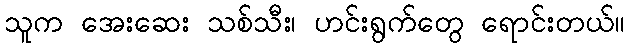
သူက အေးဆေး သစ်သီး၊ ဟင်းရွက်တွေ ရောင်းတယ်။